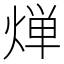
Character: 𬊤